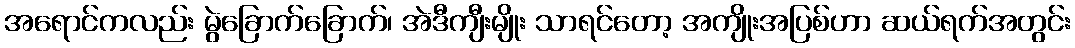
အရောင်ကလည်း မွဲခြောက်ခြောက်၊ အဲဒီကျီးမျိုး သာရင်တော့ အကျိုးအပြစ်ဟာ ဆယ်ရက်အတွင်း